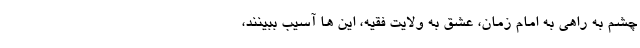
چشم به راهیِ به امام زمان، عشق به ولایت فقیه، این ها آسیب ببینند،